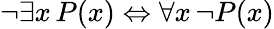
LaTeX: \lnot\exists x\, P(x)\Leftrightarrow\forall x\, \lnot P(x)